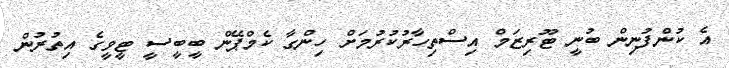
އެ ކުންފުނިން ބުނީ ޓޫރިޒަމް އިސްތިހާރުކުރުމަށް ހިންގާ ކެމްޕޭން ބީބީސީ ޓީވީގެ އިތުރުން